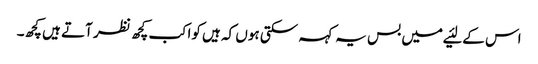
اس کے لئیے میں بس یہ کہہ سکتی ہوں کہ ہیں کواکب کچھ نظر آتے ہیں کچھ۔